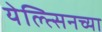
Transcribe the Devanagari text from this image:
येल्त्सिनच्या